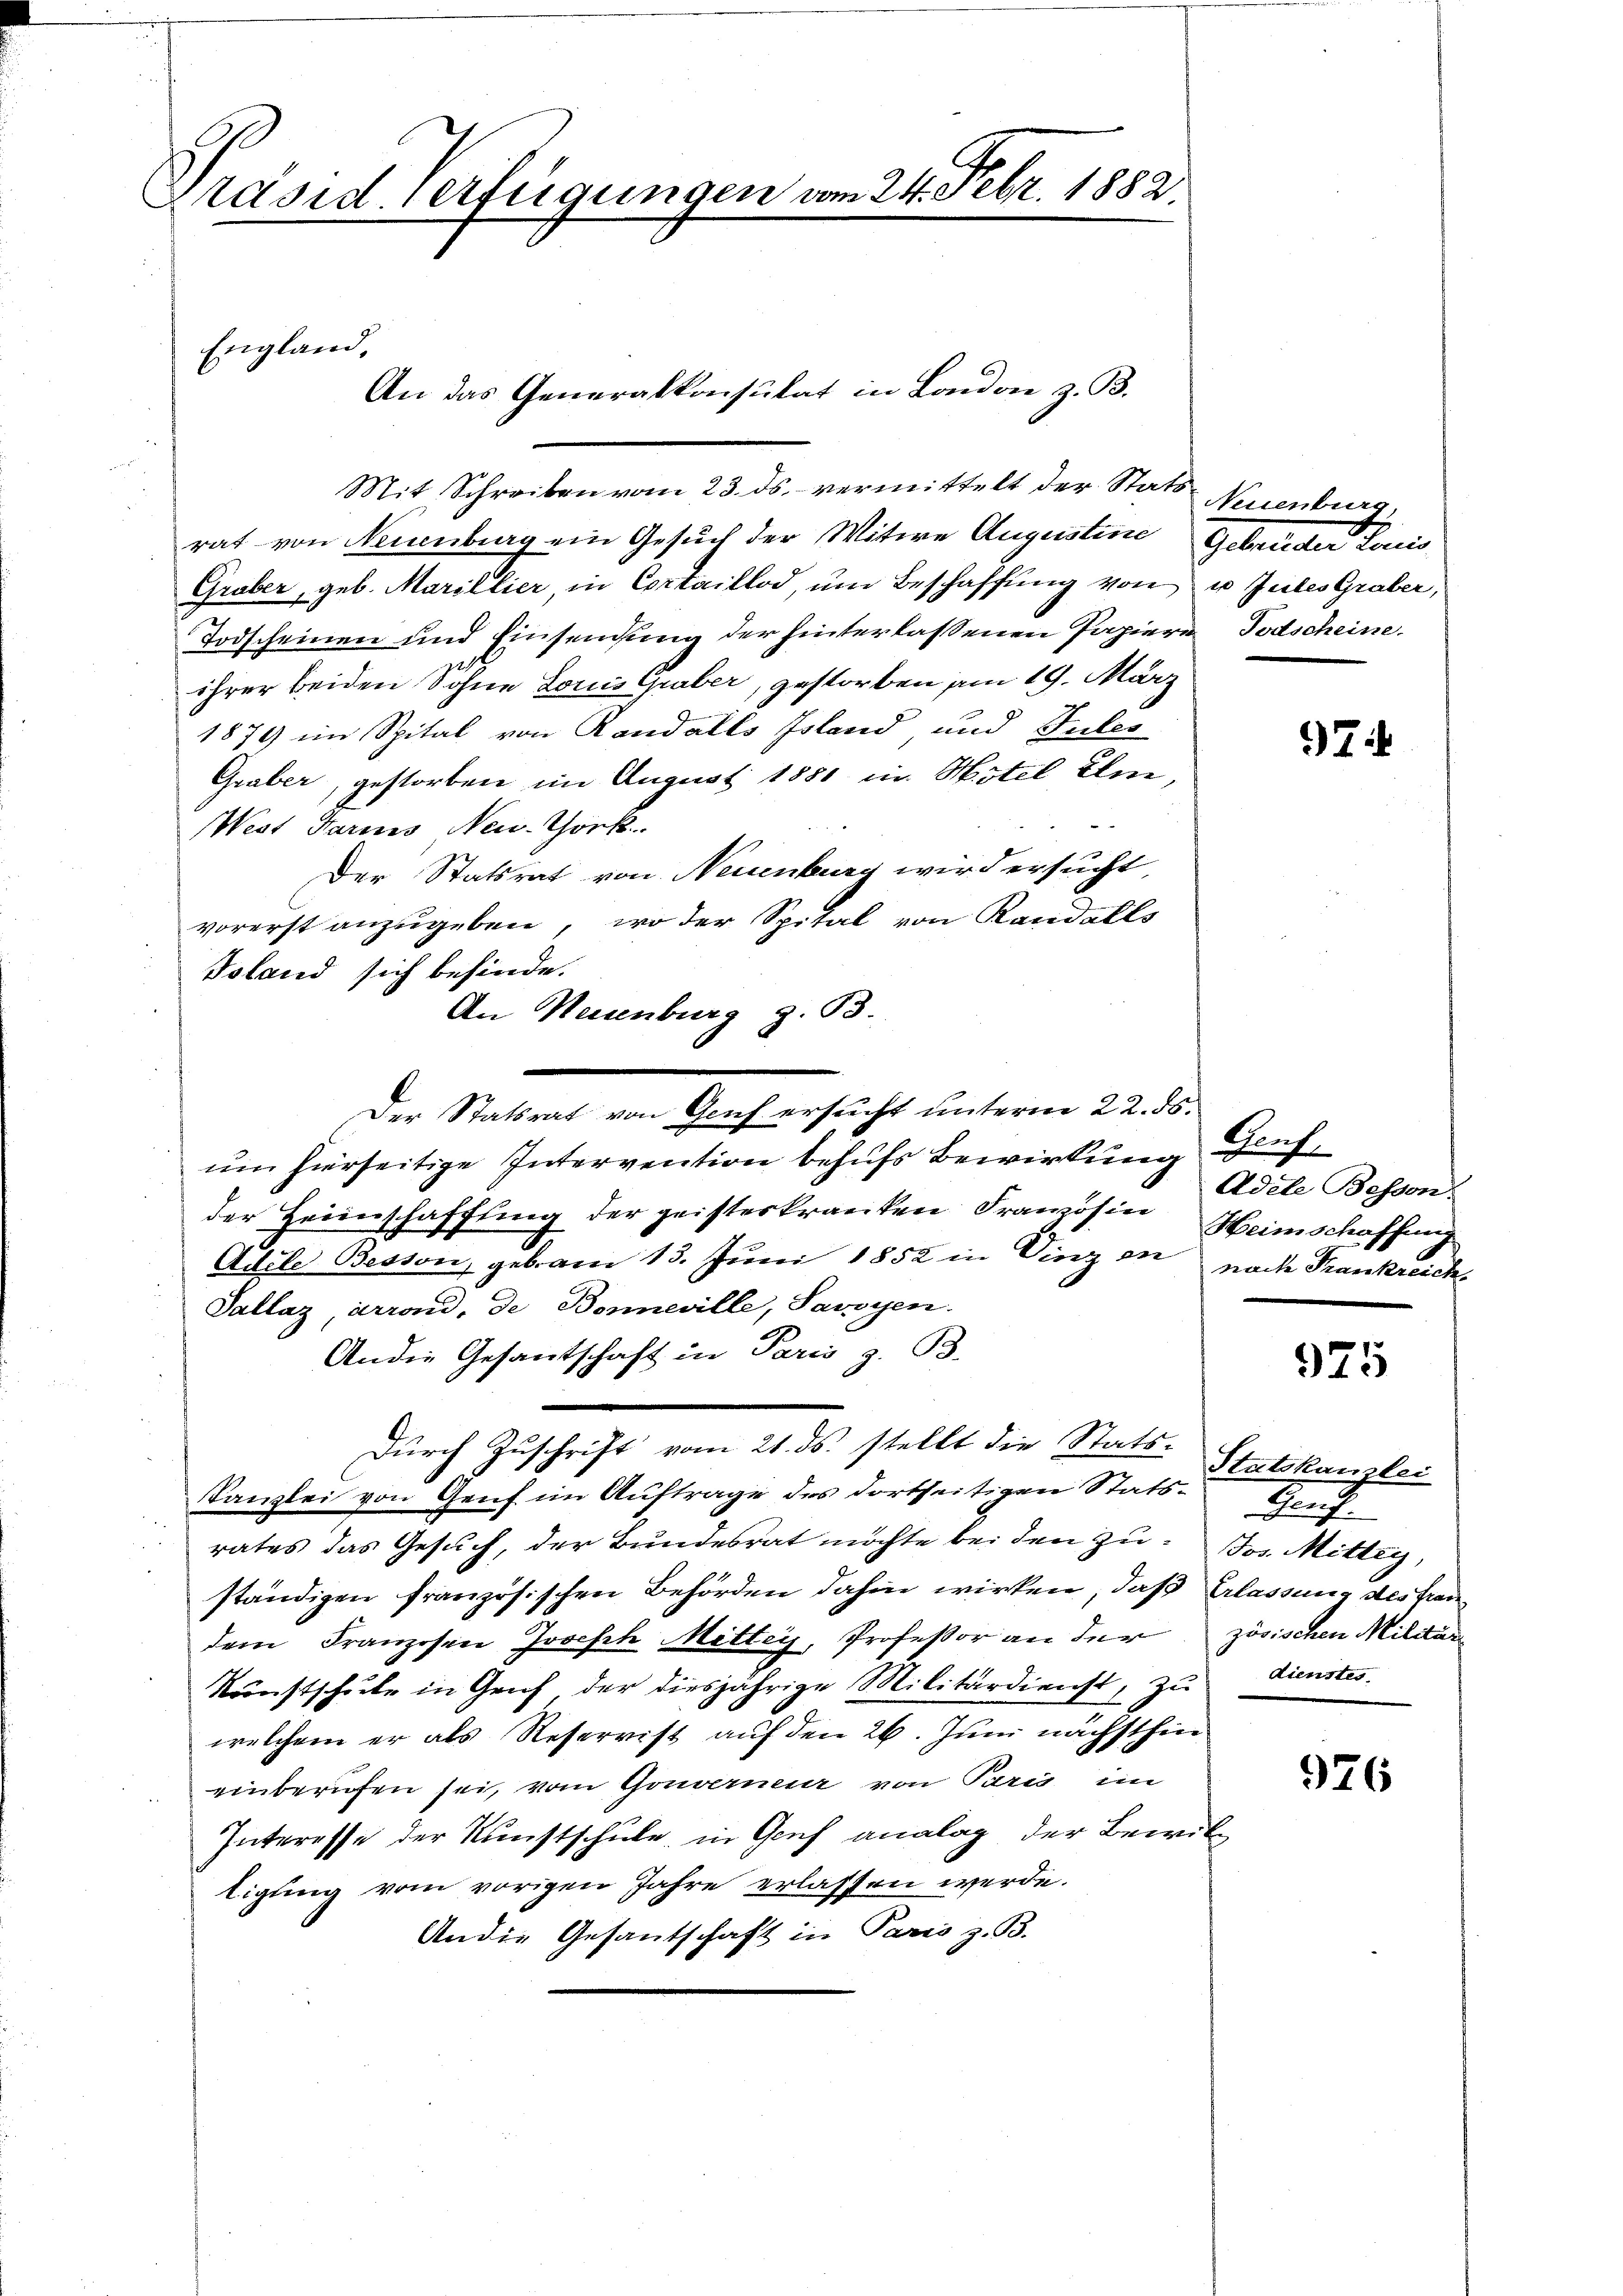
Präsid. Verfügungen vom 24. Febr. 1882

Mit Schreiben vom 23. ds. vermittelt der Stats Neuenburg,
rat von Neuenburg ein Gesuch der Witwe Augustine Gebrüder Louis
Gruber, geb. Marillier, in Cortaillod, um Beschaffung von u. Zules Graber,
Todscheinen und Einsendung der hinterlassenen Papiere Todscheine
ihrer beiden Sohne Louis thaber, gestorben am 19. März
1879 im Spital von Randalls Island und Gutes
Graber, gestorben im August 1881 in Hotel Im¬
West darins Neu. Thork
Der Statsrat von Neuenburg wird ersucht,
vorerst anzugeben, wo der Spital von Randells
Toland sich befinde.
n
Der Statsrat von Genf ersucht unterm 22. ds.
um hierseitige Intervention behufs Bewirkung Genf,
der Heimschaffung der geisterkranken Französine Heimschaffung
Adele Besson, gebam 13. Juni 1852 in Vinz in nach Frankreich¬
Sallaz, arrand, de Bonneville, Savoyen.
An die Gesantschaft in Paris z. B.
Durch Zuschrift vom 21. ds. stellt die Stats¬
Kanzlei von Genf im Auftrage des dortseitigen Statsrates das Gesuch, der Bundesrat möchte bei den zu Jos. Mittag,
ständigen französischen Behörden dahin wirken, daß Erlassung des Frandem Franzosen Joseph Mitter, Professor an der zösischen Militär
Kŭnstschŭle in Grif der diesjährige Militärdienst, zŭ dienstes
welchem er als Reservist auf den 26. Juni nächsthin
einberufen sei, vom Gouverneur von Paris im
Interesse der Kunstschule in Genf analag der Bewiltigung vom vorigen Jahre erlassen werde.
An die Gesantschaft in Paris z. B.

England.
An das Generalkonsulat in Laudon z. B.

An Neuenburg z. B.

Ti

Adele Bessen.

975

Statskanzlei
Genf.

926